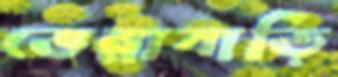
ভেন্নাবাড়ি